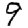
Digit: 9